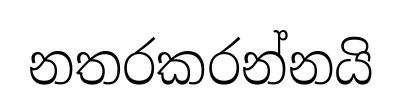
නතරකරන්නයි